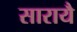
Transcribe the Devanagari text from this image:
सारायै